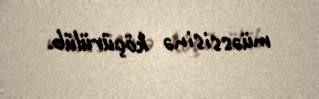
müəssisinə köçürülüb.